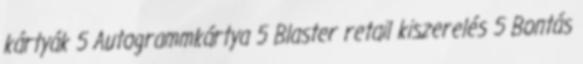
kártyák 5 Autogrammkártya 5 Blaster retail kiszerelés 5 Bontás